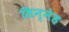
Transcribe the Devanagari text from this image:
सिन्नेह